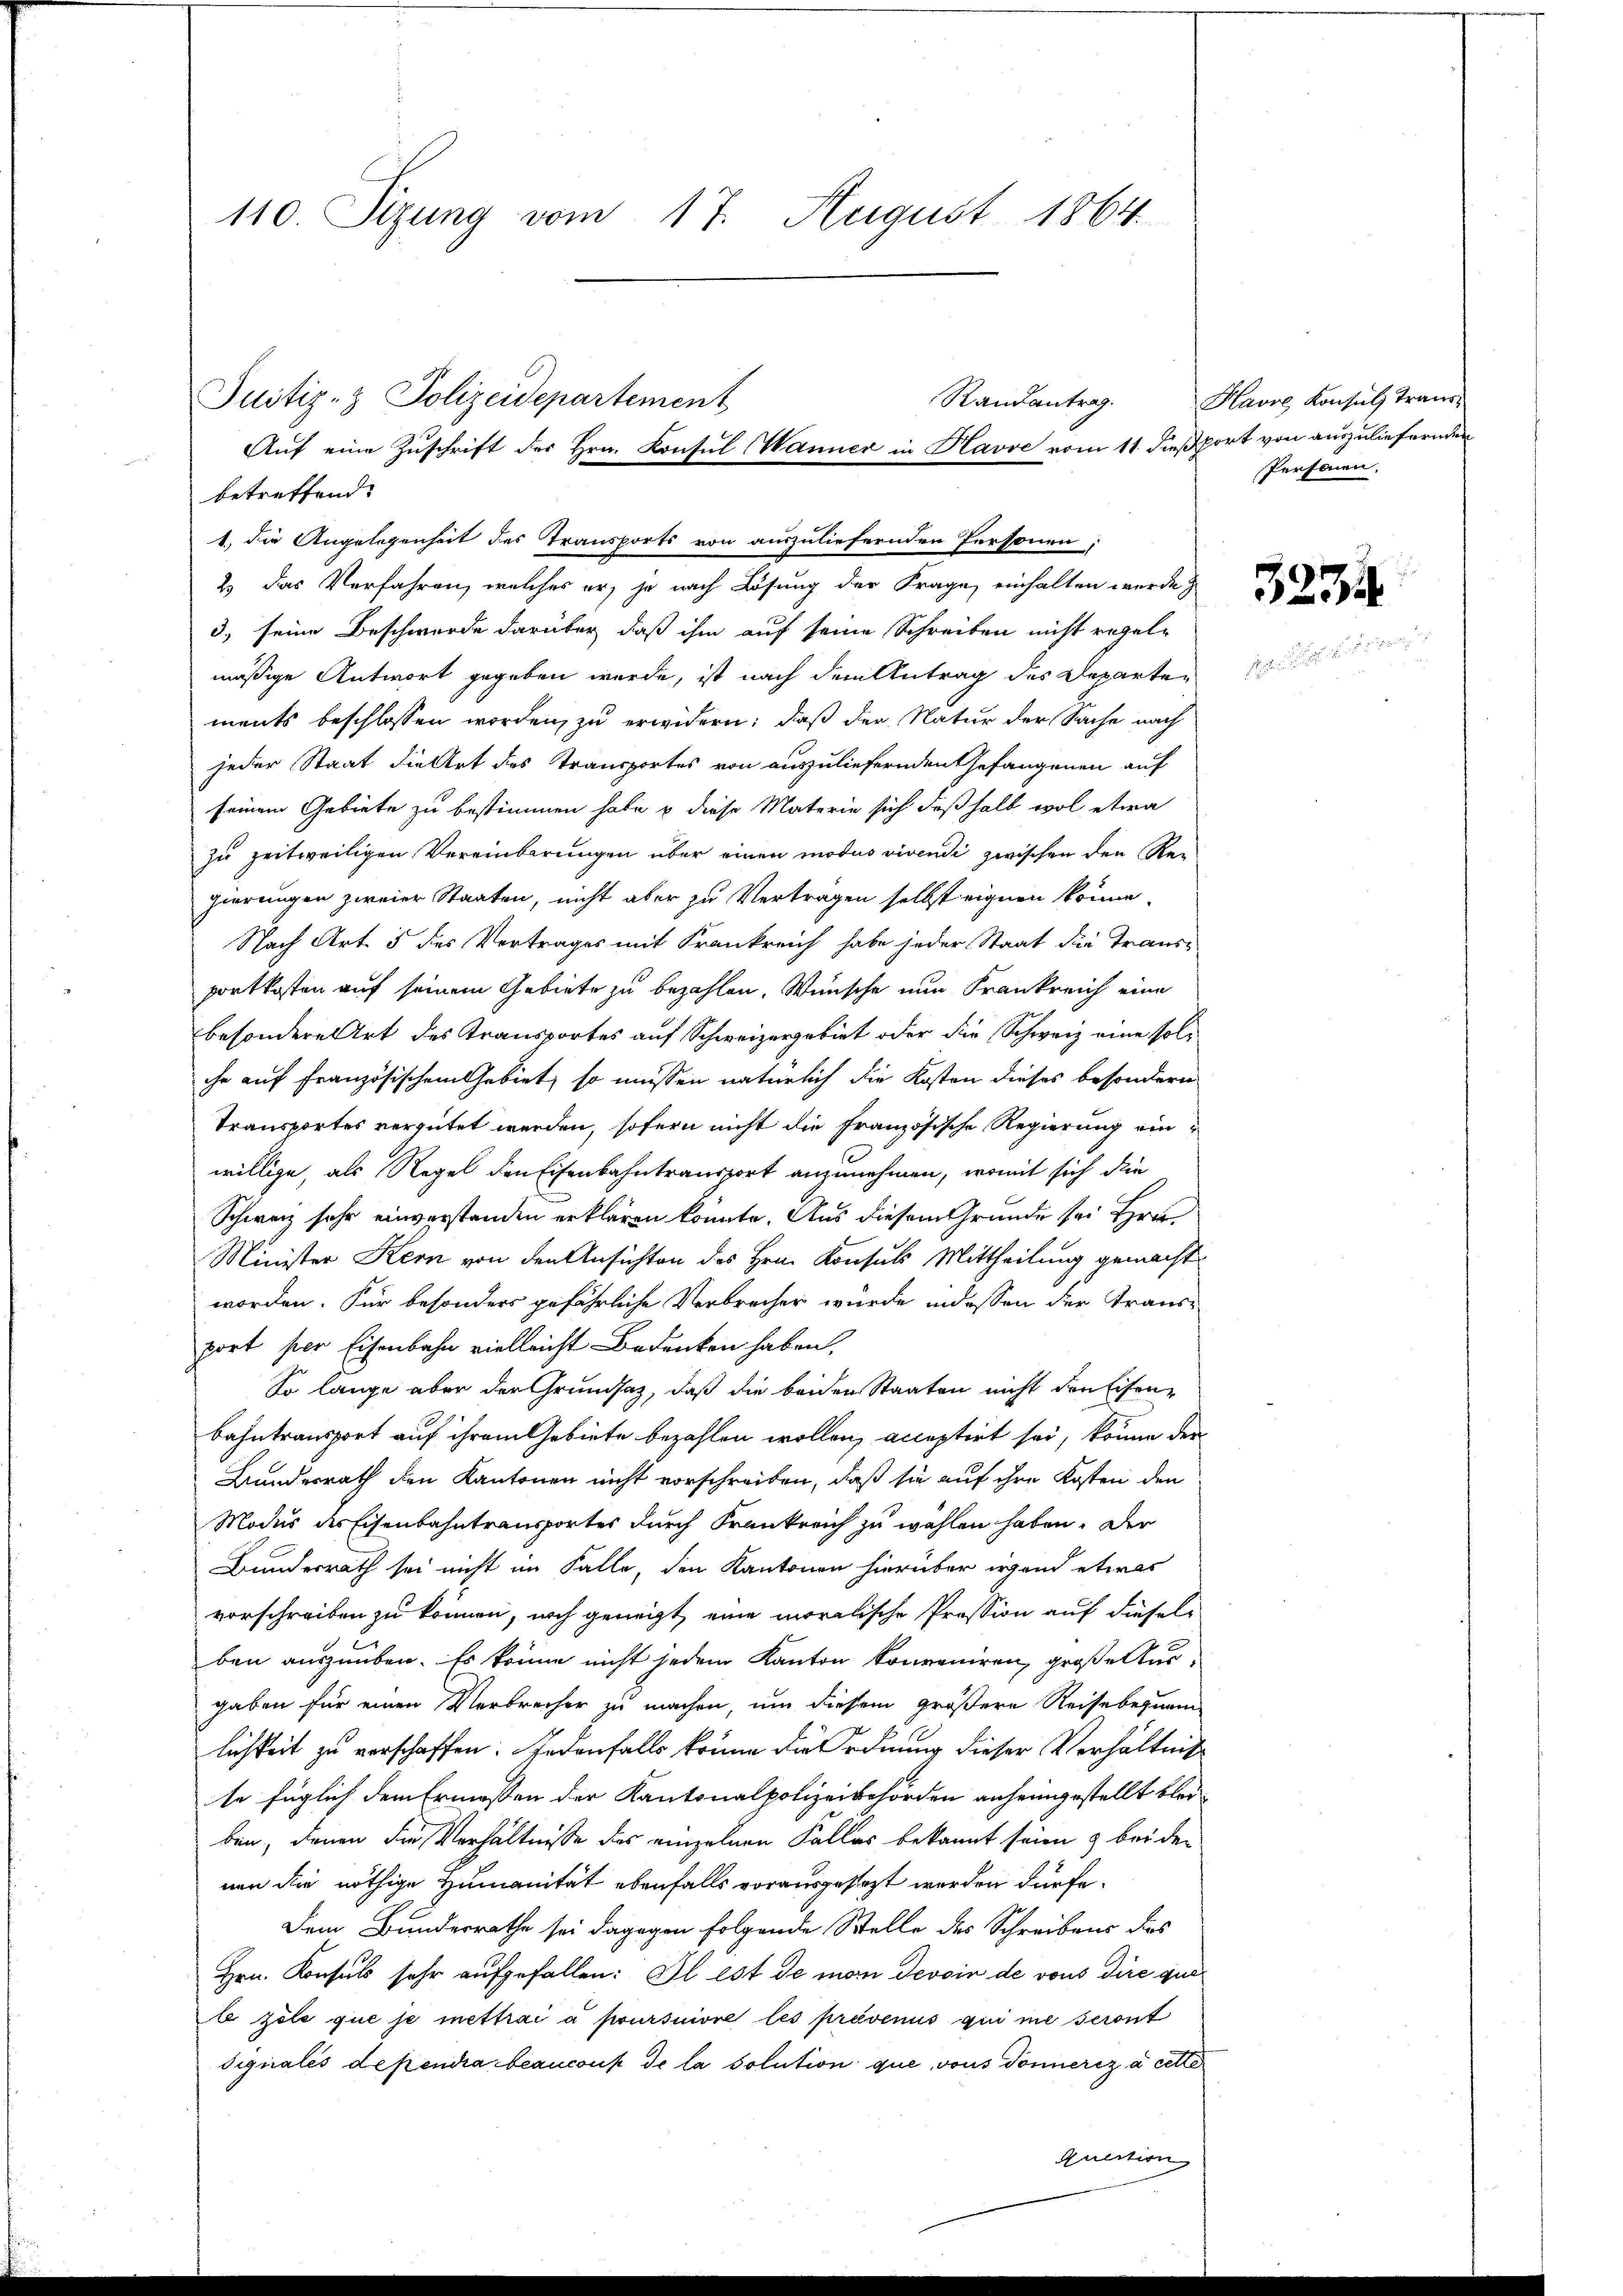
110. Sizung vom 17. August 1864.

Randantrag.
Auf eine Zuschrift des Hrn. Konsul Wanner in Havve vom 11. dieß fort von auszuliefernden
1.) Die Angelegenheit des Transports von auszuliefernden Personen,
2.) Das Verfahren, welches er, ja nach Lösung der Frage, einhalten wurde

Justiz- & Polizeidepartement
betreffend.
3.) seine Beschwerde darüber, daß ihm auf seine Schreiben nicht regel-
mässige Antwort gegeben werde, ist nach dem Antrag des Departements beschlossen worden, zu erwidern; daß der Natur der Sache nach
jeder Staat die Art des Transportes von auszuliefernden Gefangenen auf
seinem Gebiete zu bestimmen habe & diese Materie sich deßhalb wol etwa
zu zeitweiligen Vereinbarungen über einen modus vivendi zwischen den Rei
gierungen zweier Staaten, nicht aber zu Vertragen selbst eignen könne,
Nach Art. 5 des Vertrages mit Frankreich habe jeder Staat die Transportkosten auf seinem Gebiete zu bezahlen. Wünsche nun Frankreich eine
besondere Art des Transportes auf Schweizergebiet oder die Schweiz eine soliche auf französischem Gebiet, so müssen natürlich die Kosten dieses besondern
Transportes vergütet werden, sofern nicht die französische Regierung einwillige, als Regel den Eisenbahntransport anzunehmen, womit sich die
Schweiz sehr einverstanden erklären konnte. Aus diesem Grunde sei Hrn
Minister Kern von den Ansichten des Hrn. Konsuls Mittheilung gemacht.
worden. Für besonders gefährliche Verbrecher wurde indessen der Transport per Eisenbahn vielleicht Bedenken haben.
So lange aber der Grundsatz, daß die beiden Staaten nicht den Eisen¬
Bahntransport auf ihrem Gebiete bezahlen wollen, acceptirt sei, könne den
Bundesrath den Kantonen nicht vorschreiben, daß sie auf ihre Kosten den
Modus des Eisenbahntransportes durch Frankreich zu wählen haben. Der
Bundesrath sei nicht im Falle, den Kantonen hierüber irgend etwas
vorschreiben zu können, noch geneigt, eine moralische Pression auf diesel
ben auszuüben. Es könne nicht jedem Kanton konveniren, große Ausgaben für einen Verbrecher zu machen, um diesem größere Reisebehnen
lichkeit zu verschaffen. Jedenfalls könne die Ordnung dieser Verhältnis
te füglich dem Ermessen der Kantonalpolizeibehörden anheimgestellt bleiben, denen die Verhältnisse des einzelnen Falles bekannt seien & bei den
nen die nöthige Humanität ebenfalls vorausgesteht worden dürfe.
Dem Bundesrathe sei dagegen folgende Stelle des Schreibens des
Hrn. Konsuls sehr aufgefallen: Il est de man devoin de vons dire quab zöle que je mettrai a poursuivre les prävenus qui ne seront
dignales dependra beancons de la solution que, vous Donneriz à cette
Auction

Havre Konsuls Trans¬
Personen.

3234